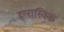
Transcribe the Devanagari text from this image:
हलाखिक